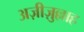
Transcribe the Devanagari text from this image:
अज़ीज़ुल्लाह